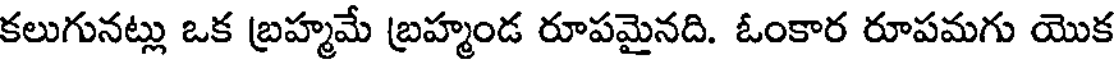
కలుగునట్లు ఒక బ్రహ్మమే బ్రహ్మండ రూపమైనది. ఓంకార రూపమగు యొక